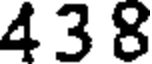
4 3 8